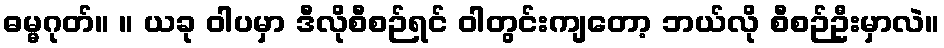
ဓမ္မဂုတ်။ ။ ယခု ဝါပမှာ ဒီလိုစီစဉ်ရင် ဝါတွင်းကျတော့ ဘယ်လို စီစဉ်ဦးမှာလဲ။